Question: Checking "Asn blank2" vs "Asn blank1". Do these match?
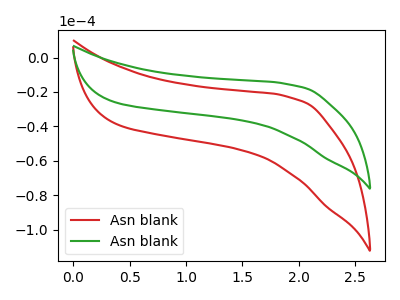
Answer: <think>The red curve "Asn blank1" has no peaks. The green curve "Asn blank2" has no peaks.
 Neither "Asn blank2" or "Asn blank1" have any peaks.</think>
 <answer>"Asn blank2" and "Asn blank1" are similar in shape.</answer>
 <eval>same_shape</eval>